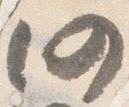
仍